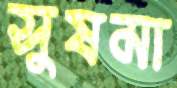
সুষমা